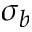
\sigma _ { b }